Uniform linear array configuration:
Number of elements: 8
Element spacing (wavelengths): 0.75
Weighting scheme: hann
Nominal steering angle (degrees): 0
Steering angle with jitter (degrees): -1.539
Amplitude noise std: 0.05
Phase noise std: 0.05

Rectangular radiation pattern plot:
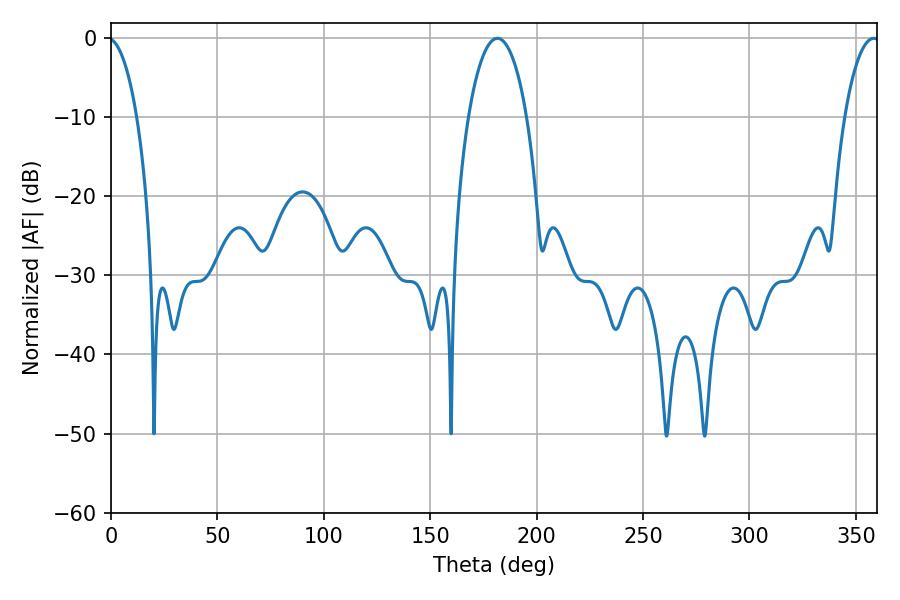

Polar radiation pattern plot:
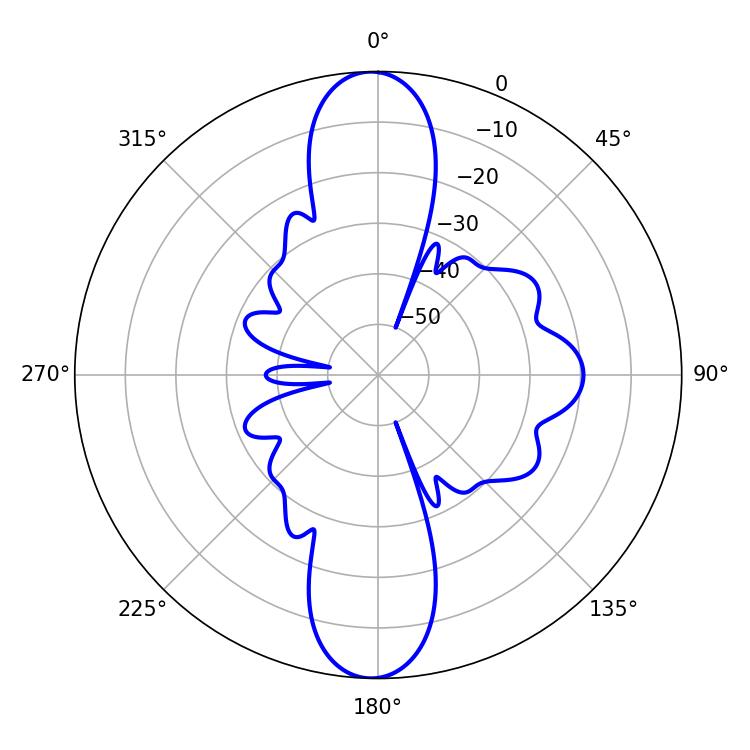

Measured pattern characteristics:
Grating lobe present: TRUE
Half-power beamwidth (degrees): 15.48
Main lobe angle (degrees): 181.62